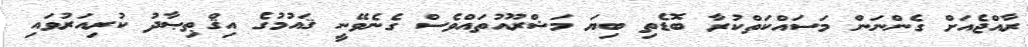
ރާއްޖެއަށް ގެންނަން މަސައްކަތްކުރާ ބޮޑެތި ބިޔަ މަޝްރޫއުތައްވެސް ގެނެވޭނީ ޤައުމުގެ އިޤްޠިޞާދު ކުރިއަރުވައި